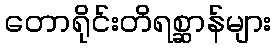
တောရိုင်းတိရစ္ဆာန်များ